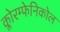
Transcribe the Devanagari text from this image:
क्लोरम्फेनिकोल